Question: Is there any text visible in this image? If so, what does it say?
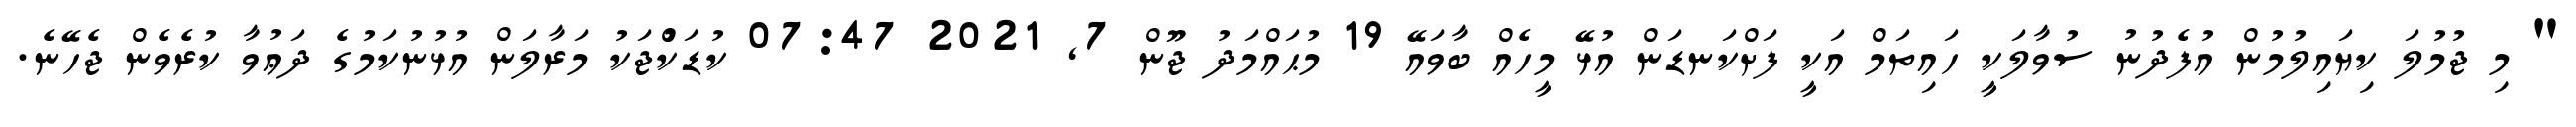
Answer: " މި ޖުމުލަ ކިޔައިލުމުން އުފެދުނު ސުވާލަކީ ހައިތަމް އަކީ ފަށްކަނޑަން އުޅޭ މީހެއް ބާވައޭ 19 މުޙައްމަދު ޖޫން 7, 2021 07:47 ކުޑަކުްޖަކު މަރާލަން އުޅުނުކަމުގެ ދަޢުވާ ކުރެވެން ޖެހޭނެ.